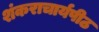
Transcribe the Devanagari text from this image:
शंकराचार्यपीठ